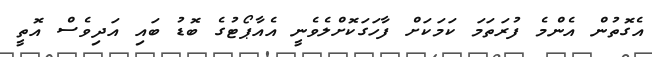
އެގޮތުން އެންމެ ފުރަތަމަ ކަމަކަށް ފާހަގަކޮށްލެވެނީ އެއާޕޯޓުގެ ބޮޑު ބައި އަދިވެސް އޮތީ